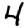
Digit: 4